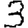
Digit: 3